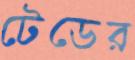
টেডের